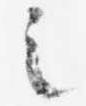
之